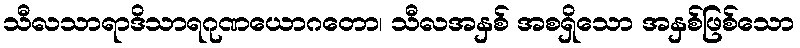
သီလသာရာဒိသာရဂုဏယောဂတော၊ သီလအနှစ် အစရှိသော အနှစ်ဖြစ်သော